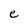
Character: e